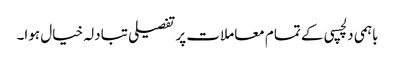
باہمی دلچسپی کے تمام معاملات پر تفصیلی تبادلہ خیال ہوا۔